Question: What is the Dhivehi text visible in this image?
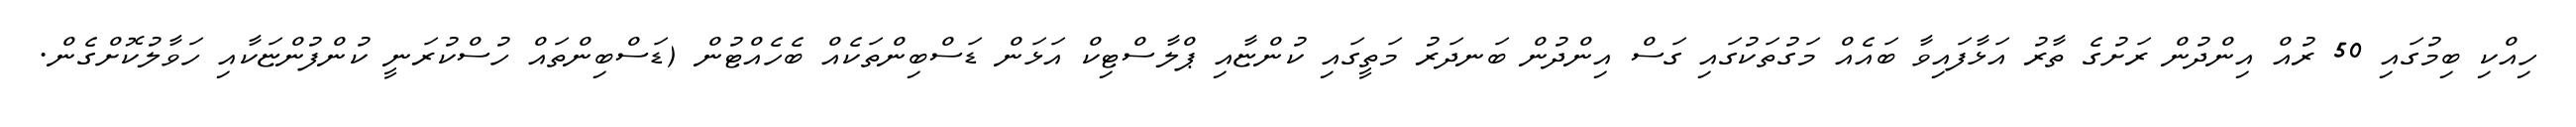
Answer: ހިއްކި ބިމުގައި 50 ރުއް އިންދުން ރަށުގެ ތާރު އަޅާފައިވާ ބައެއް މަގުތަކުގައި ގަސް އިންދުން ބަނދަރު މަތީގައި ކުންޏާއި ޕްލާސްޓިކް އަޅަން ޑަސްބިންތަކެއް ބެހެއްޓުން (ޑަސްބިންތައް ހުސްކުރަނީ ކުންފުންޏަކާއި ހަވާލުކޮށްގެން.